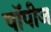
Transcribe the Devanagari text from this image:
पॉपीज